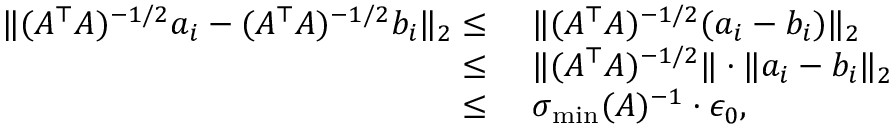
\begin{array} { r l } { \| ( A ^ { \top } A ) ^ { - 1 / 2 } a _ { i } - ( A ^ { \top } A ) ^ { - 1 / 2 } b _ { i } \| _ { 2 } \leq } & { ~ \| ( A ^ { \top } A ) ^ { - 1 / 2 } ( a _ { i } - b _ { i } ) \| _ { 2 } } \\ { \leq } & { ~ \| ( A ^ { \top } A ) ^ { - 1 / 2 } \| \cdot \| a _ { i } - b _ { i } \| _ { 2 } } \\ { \leq } & { ~ \sigma _ { \operatorname* { m i n } } ( A ) ^ { - 1 } \cdot \epsilon _ { 0 } , } \end{array}